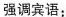
强调宾语：